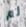
لم